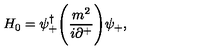
H _ { 0 } = \psi _ { + } ^ { \dagger } \Biggl ( { \frac { m ^ { 2 } } { i \partial ^ { + } } } \Biggr ) \psi _ { + } ,